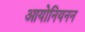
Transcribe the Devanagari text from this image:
आयोनियनन